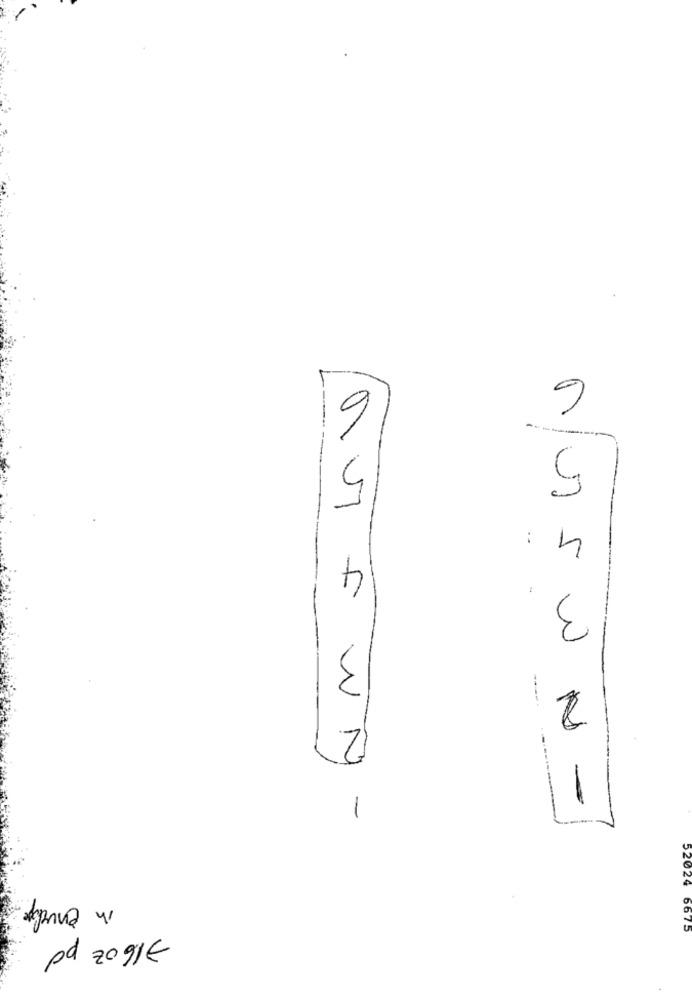
6
9
4
4
: 4
3
2
VI wy -
-
in envelope
52024 6675
716 oz pd